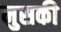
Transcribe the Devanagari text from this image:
मुसकी